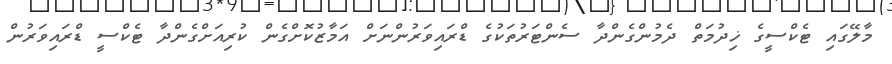
މާލޭގައި ޓެކްސީގެ ޚިދުމަތް ދެމުންގެންދާ ސެންޓަރުތަކުގެ ޑްރައިވަރުންނަށް އަމާޒުކޮށްގެން ކުރިއަށްގެންދާ ޓެކްސީ ޑްރައިވަރުން